Juri_Uluots, lk 18
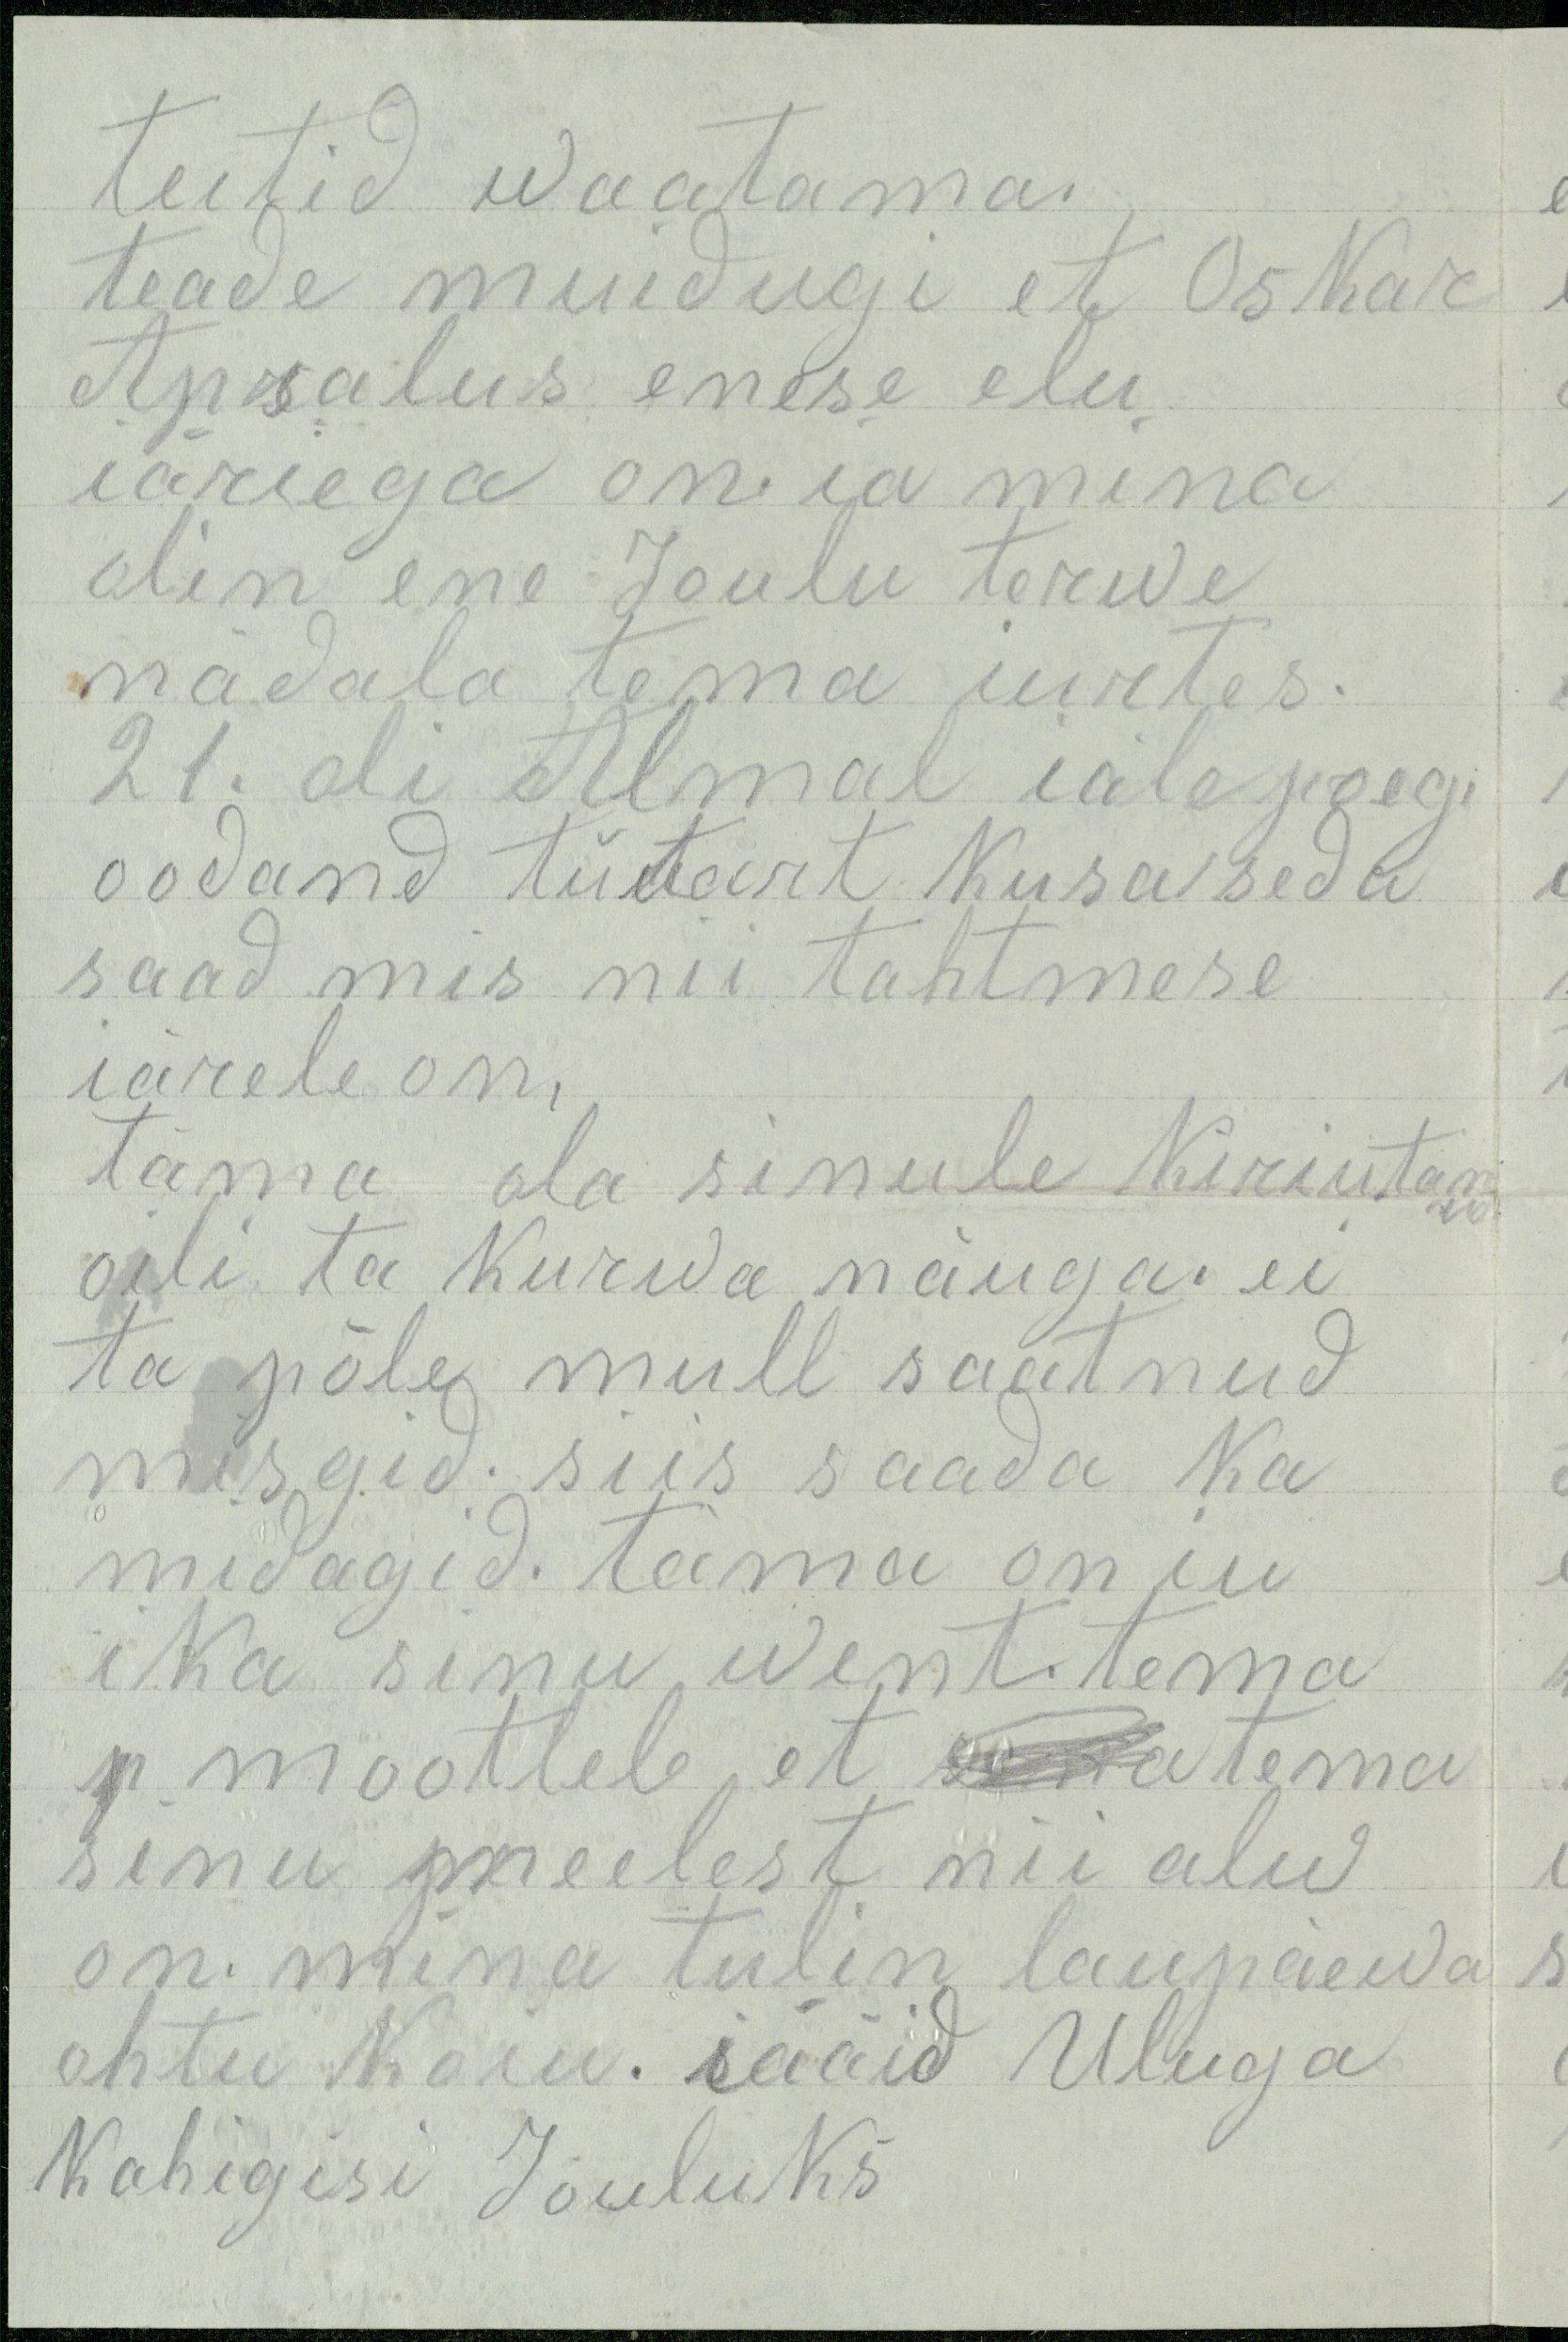
teitid waatama.
teade muidugi et Oskar
Apsalus enese elu-
iäriega on ia mina
olin ene Joulu terwe
nädala tema iurtes.
21. oli Almal iäle poeg,
oodand tütart kusa seda
saad mis nii tahtmese
iärele on,
täma ola sinule kiriutanud
oili ta kurwa näuga. ei
ta põle mull saatnud
misgid. siis saada ka
midagid. täma on iu
ika sinu went. tema
p mootleb, et sa tema
sinu meelest nii alw
on. mina tulin laupäewa
ohtu koiu. iääid Uluga
kahigisi Jõuluks